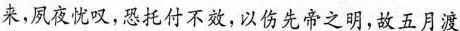
来，夙夜忧叹，恐托付不效，以伤先帝之明，故五月渡